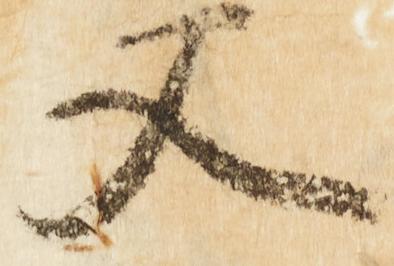
又